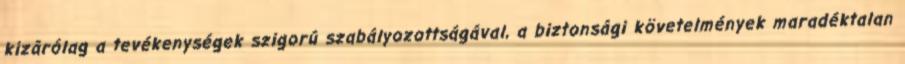
kizárólag a tevékenységek szigorú szabályozottságával, a biztonsági követelmények maradéktalan